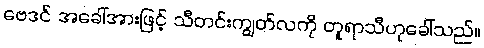
ဗေဒင် အခေါ်အားဖြင့် သီတင်းကျွတ်လကို တူရာသီဟုခေါ်သည်။